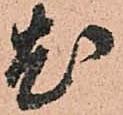
尤